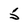
Character: 5